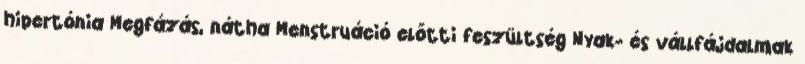
hipertónia Megfázás, nátha Menstruáció előtti feszültség Nyak- és vállfájdalmak